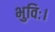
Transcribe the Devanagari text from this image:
भुविः।